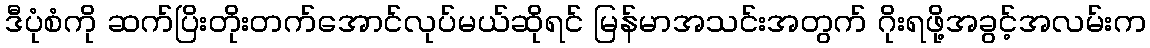
ဒီပုံစံကို ဆက်ပြိးတိုးတက်အောင်လုပ်မယ်ဆိုရင် မြန်မာအသင်းအတွက် ဂိုးရဖို့အခွင့်အလမ်းက